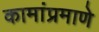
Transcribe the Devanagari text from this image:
कामांप्रमाणे